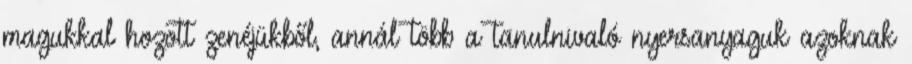
magukkal hozott zenéjükből, annál több a tanulnivaló nyersanyaguk azoknak